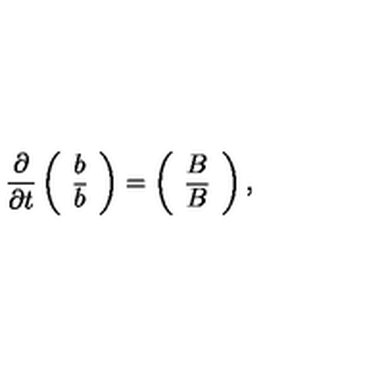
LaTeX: \frac { \partial } { \partial t } \left( \begin{array} { c c } { b } \\ { { \overline { b } } } \\ \end{array} \right) = \left( \begin{array} { c c } { B } \\ { { \overline { B } } } \\ \end{array} \right) ,